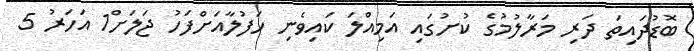
ބޮޑުދައިތަ ދަރި މަރާލުމުގެ ކުށުގައި އަމިއްލަ ކައިވެނި ހަފުލާއަށްފަހު ޖަލަށް1 އަހަރު 5